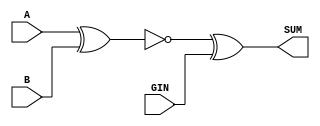
module smxxor1 ( A, B, GIN, SUM );
   input  A;
   input  B;
   input  GIN;
   output SUM;
   assign SUM = ( ~ (A ^ B)) ^ GIN;
endmodule